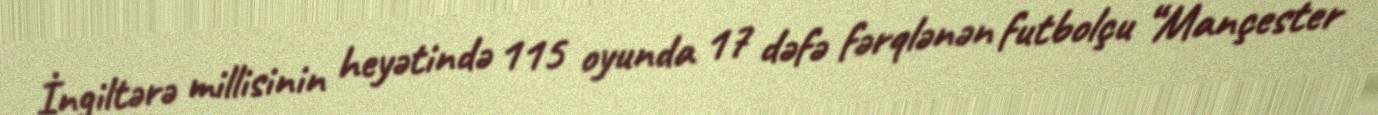
İngiltərə millisinin heyətində 115 oyunda 17 dəfə fərqlənən futbolçu “Mançester